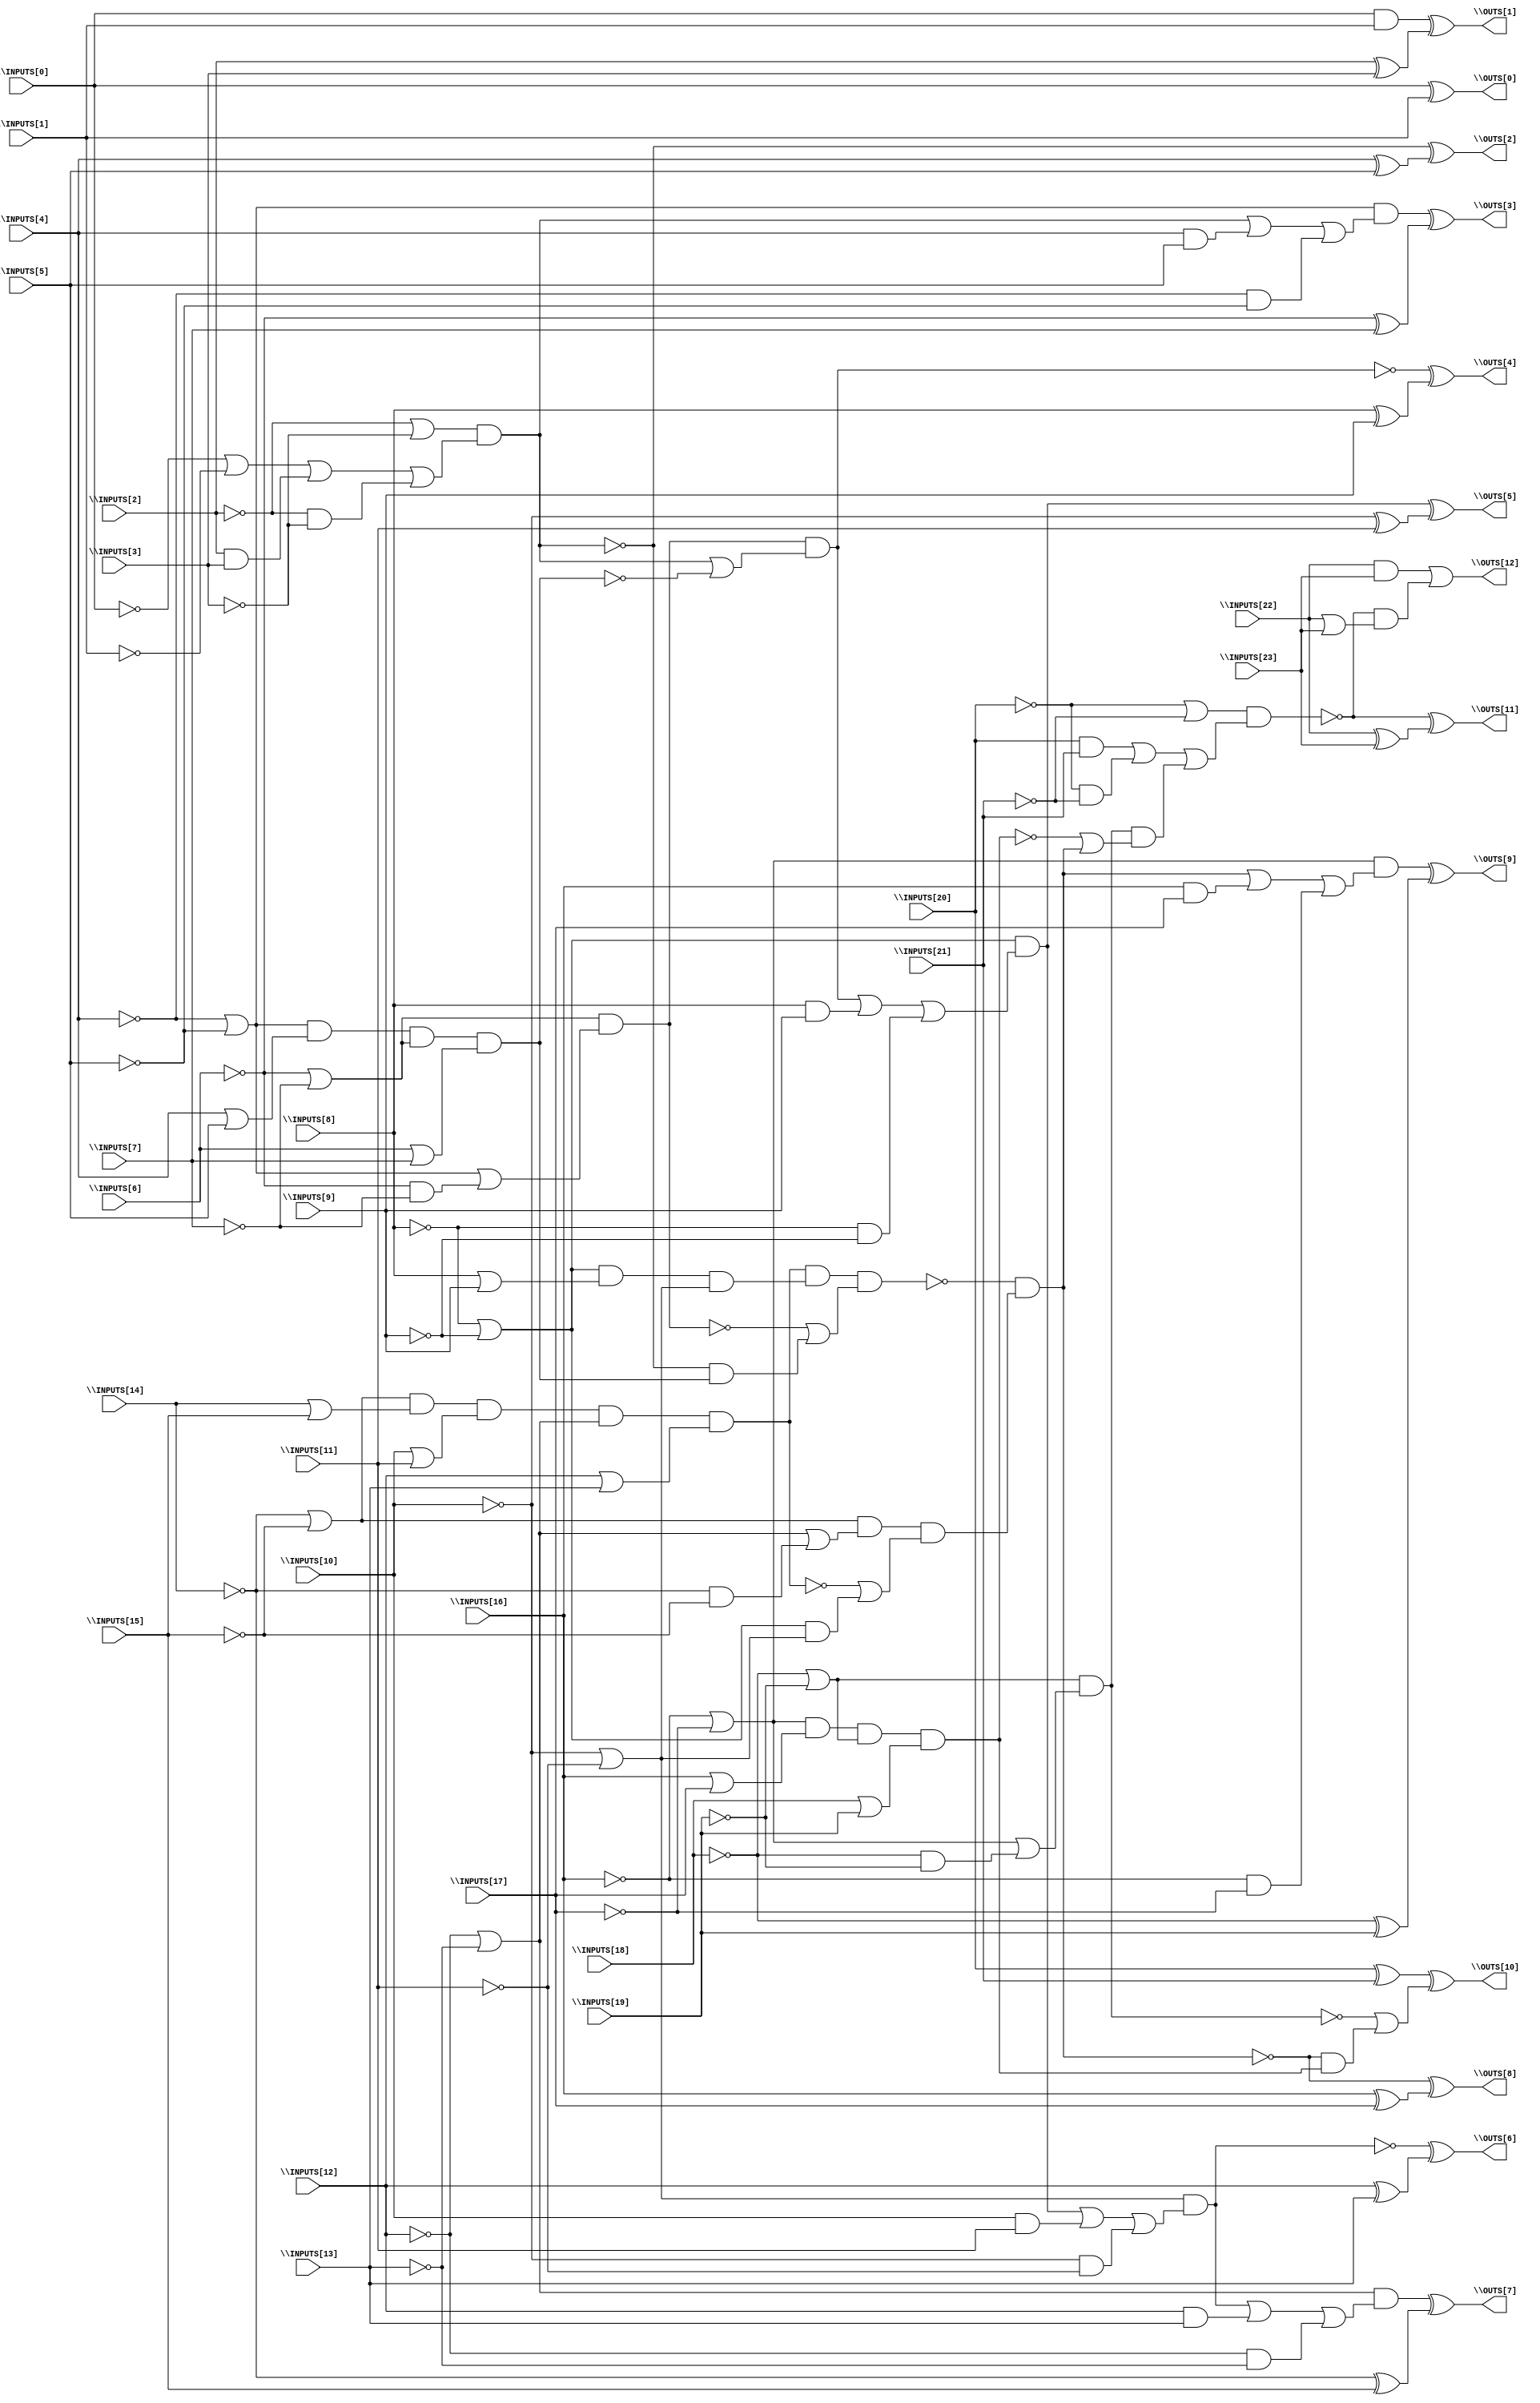
// Benchmark "BrentKung" written by ABC on Sat Dec 04 19:18:04 2021

module BrentKung ( 
    \INPUTS[0] , \INPUTS[1] , \INPUTS[2] , \INPUTS[3] , \INPUTS[4] ,
    \INPUTS[5] , \INPUTS[6] , \INPUTS[7] , \INPUTS[8] , \INPUTS[9] ,
    \INPUTS[10] , \INPUTS[11] , \INPUTS[12] , \INPUTS[13] , \INPUTS[14] ,
    \INPUTS[15] , \INPUTS[16] , \INPUTS[17] , \INPUTS[18] , \INPUTS[19] ,
    \INPUTS[20] , \INPUTS[21] , \INPUTS[22] , \INPUTS[23] ,
    \OUTS[0] , \OUTS[1] , \OUTS[2] , \OUTS[3] , \OUTS[4] , \OUTS[5] ,
    \OUTS[6] , \OUTS[7] , \OUTS[8] , \OUTS[9] , \OUTS[10] , \OUTS[11] ,
    \OUTS[12]   );
  input  \INPUTS[0] , \INPUTS[1] , \INPUTS[2] , \INPUTS[3] , \INPUTS[4] ,
    \INPUTS[5] , \INPUTS[6] , \INPUTS[7] , \INPUTS[8] , \INPUTS[9] ,
    \INPUTS[10] , \INPUTS[11] , \INPUTS[12] , \INPUTS[13] , \INPUTS[14] ,
    \INPUTS[15] , \INPUTS[16] , \INPUTS[17] , \INPUTS[18] , \INPUTS[19] ,
    \INPUTS[20] , \INPUTS[21] , \INPUTS[22] , \INPUTS[23] ;
  output \OUTS[0] , \OUTS[1] , \OUTS[2] , \OUTS[3] , \OUTS[4] , \OUTS[5] ,
    \OUTS[6] , \OUTS[7] , \OUTS[8] , \OUTS[9] , \OUTS[10] , \OUTS[11] ,
    \OUTS[12] ;
  wire new_n42_, new_n45_, new_n46_, new_n47_, new_n50_, new_n53_, new_n54_,
    new_n55_, new_n56_, new_n57_, new_n58_, new_n61_, new_n62_, new_n64_;
  assign \OUTS[0]  = \INPUTS[0]  ^ \INPUTS[1] ;
  assign \OUTS[1]  = (\INPUTS[0]  & \INPUTS[1] ) ^ (\INPUTS[2]  ^ \INPUTS[3] );
  assign \OUTS[2]  = ~new_n42_ ^ (\INPUTS[4]  ^ \INPUTS[5] );
  assign new_n42_ = (~\INPUTS[2]  | ~\INPUTS[3] ) & (~\INPUTS[0]  | ~\INPUTS[1]  | (\INPUTS[2]  & \INPUTS[3] ) | (~\INPUTS[2]  & ~\INPUTS[3] ));
  assign \OUTS[3]  = ((~\INPUTS[4]  | ~\INPUTS[5] ) & (new_n42_ | (\INPUTS[4]  & \INPUTS[5] ) | (~\INPUTS[4]  & ~\INPUTS[5] ))) ^ (~\INPUTS[6]  ^ \INPUTS[7] );
  assign \OUTS[4]  = ~new_n45_ ^ (\INPUTS[8]  ^ \INPUTS[9] );
  assign new_n45_ = new_n47_ & (new_n42_ | ~new_n46_);
  assign new_n46_ = (~\INPUTS[4]  | ~\INPUTS[5] ) & (\INPUTS[4]  | \INPUTS[5] ) & (~\INPUTS[6]  | ~\INPUTS[7] ) & (\INPUTS[6]  | \INPUTS[7] );
  assign new_n47_ = (~\INPUTS[6]  | ~\INPUTS[7] ) & (~\INPUTS[4]  | ~\INPUTS[5]  | (~\INPUTS[6]  & ~\INPUTS[7] ));
  assign \OUTS[5]  = ((~\INPUTS[8]  | ~\INPUTS[9] ) & (new_n45_ | (\INPUTS[8]  & \INPUTS[9] ) | (~\INPUTS[8]  & ~\INPUTS[9] ))) ^ (~\INPUTS[10]  ^ \INPUTS[11] );
  assign \OUTS[6]  = ~new_n50_ ^ (\INPUTS[12]  ^ \INPUTS[13] );
  assign new_n50_ = (~\INPUTS[10]  | ~\INPUTS[11] ) & (((~\INPUTS[8]  | ~\INPUTS[9] ) & (new_n45_ | (\INPUTS[8]  & \INPUTS[9] ) | (~\INPUTS[8]  & ~\INPUTS[9] ))) | (\INPUTS[10]  & \INPUTS[11] ) | (~\INPUTS[10]  & ~\INPUTS[11] ));
  assign \OUTS[7]  = ((~\INPUTS[12]  | ~\INPUTS[13] ) & (new_n50_ | (\INPUTS[12]  & \INPUTS[13] ) | (~\INPUTS[12]  & ~\INPUTS[13] ))) ^ (~\INPUTS[14]  ^ \INPUTS[15] );
  assign \OUTS[8]  = ~new_n53_ ^ (\INPUTS[16]  ^ \INPUTS[17] );
  assign new_n53_ = ~new_n54_ & new_n57_;
  assign new_n54_ = new_n55_ & new_n56_ & (~new_n47_ | (~new_n42_ & new_n46_));
  assign new_n55_ = (~\INPUTS[14]  | ~\INPUTS[15] ) & (\INPUTS[14]  | \INPUTS[15] ) & (\INPUTS[10]  | \INPUTS[11] ) & (~\INPUTS[12]  | ~\INPUTS[13] ) & (\INPUTS[12]  | \INPUTS[13] );
  assign new_n56_ = (~\INPUTS[8]  | ~\INPUTS[9] ) & (\INPUTS[8]  | \INPUTS[9] ) & (~\INPUTS[10]  | ~\INPUTS[11] );
  assign new_n57_ = new_n58_ & (~new_n55_ | ((~\INPUTS[8]  | ~\INPUTS[9] ) & (~\INPUTS[10]  | ~\INPUTS[11] )));
  assign new_n58_ = (~\INPUTS[14]  | ~\INPUTS[15] ) & (~\INPUTS[12]  | ~\INPUTS[13]  | (~\INPUTS[14]  & ~\INPUTS[15] ));
  assign \OUTS[9]  = ((~\INPUTS[16]  | ~\INPUTS[17] ) & (new_n53_ | (\INPUTS[16]  & \INPUTS[17] ) | (~\INPUTS[16]  & ~\INPUTS[17] ))) ^ (~\INPUTS[18]  ^ \INPUTS[19] );
  assign \OUTS[10]  = (\INPUTS[20]  ^ \INPUTS[21] ) ^ (~new_n62_ | (~new_n53_ & new_n61_));
  assign new_n61_ = (~\INPUTS[16]  | ~\INPUTS[17] ) & (\INPUTS[16]  | \INPUTS[17] ) & (~\INPUTS[18]  | ~\INPUTS[19] ) & (\INPUTS[18]  | \INPUTS[19] );
  assign new_n62_ = (~\INPUTS[18]  | ~\INPUTS[19] ) & (~\INPUTS[16]  | ~\INPUTS[17]  | (~\INPUTS[18]  & ~\INPUTS[19] ));
  assign \OUTS[11]  = ~new_n64_ ^ (\INPUTS[22]  ^ \INPUTS[23] );
  assign new_n64_ = (~\INPUTS[20]  | ~\INPUTS[21] ) & ((\INPUTS[20]  & \INPUTS[21] ) | (~\INPUTS[20]  & ~\INPUTS[21] ) | (new_n62_ & (~new_n61_ | (~new_n54_ & new_n57_))));
  assign \OUTS[12]  = (\INPUTS[22]  & \INPUTS[23] ) | (~new_n64_ & (\INPUTS[22]  | \INPUTS[23] ));
endmodule